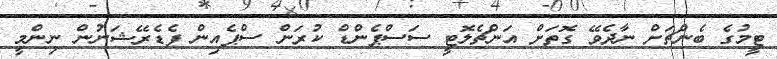
ޓީމުގެ ބެންޗަށް ނާދެވޭ ގޮތަށް އަންޗެލޮޓީ ސަސްޕެންޑް ކުރަން ސްޕެއިން ފެޑެރޭޝަނުން ނިންމީ